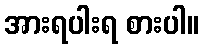
အားရပါးရ စားပါ။